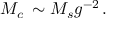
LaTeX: M _ { c } \, \sim M _ { s } g ^ { - 2 } \, .